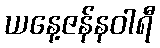
ယနေ့ဇန်နဝါရီ